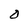
Character: 0